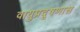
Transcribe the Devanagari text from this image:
वायुप्रदूषणास